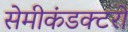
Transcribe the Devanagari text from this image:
सेमीकंडक्टरों